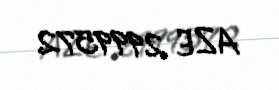
AZE 2999572